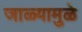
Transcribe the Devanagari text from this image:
जाळ्यामुळे